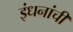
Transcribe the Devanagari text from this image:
इंधनांची